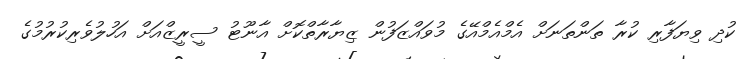
ކުދި ވިޔަފާރި ކުރާ ތަންތަނަށް އެމްއެމްއޭގެ މުވައްޒަފުން ޒިޔާރާތްކޮށް އާނޫޓު ސީރީޒްއަށް އަހުލުވެރިކުރުމުގެ